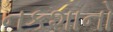
નકશાનો